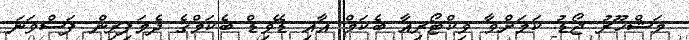
މަޝްހޫރު ޖޯޑު ކަމަށްވާ ވިކްޓޯރިއާ ބެކަމް އާއި ޑޭވިޑް ބެކަމްގެ ދެމަފިރިން ފަސްވަނަ